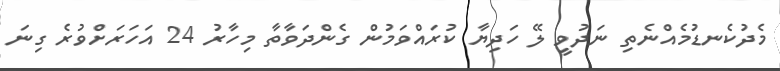
މެދުކެނޑުމެއްނެތި ނަދުވީ ލޭ ހަދިޔާ ކުރައްވަމުން ގެންދަވާތާ މިހާރު 24 އަހަރަށްވުރެ ގިނަ